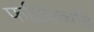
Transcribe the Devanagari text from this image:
फटिकचढ़ि